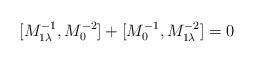
LaTeX: \begin{align*}[M^{-1}_{1\lambda}, M^{-2}_0] + [M^{-1}_0, M^{-2}_{1\lambda}]=0\end{align*}